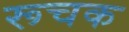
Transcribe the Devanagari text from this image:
रूचक